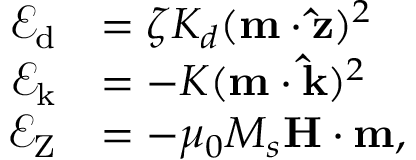
\begin{array} { r l } { \mathcal { E } _ { \mathrm { d } } } & { = \zeta K _ { d } ( \mathbf { m \cdot \hat { z } } ) ^ { 2 } } \\ { \mathcal { E } _ { \mathrm { k } } } & { = - K ( \mathbf { m \cdot \hat { k } } ) ^ { 2 } } \\ { \mathcal { E } _ { \mathrm { Z } } } & { = - \mu _ { 0 } M _ { s } \mathbf { H } \cdot \mathbf { m } , } \end{array}